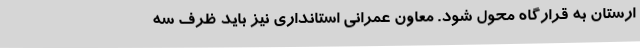
ارستان به قرارگاه محول شود. معاون عمرانی استانداری نیز باید ظرف سه